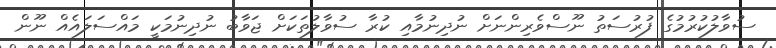
ސުވާލުކުރުމުގެ ފުރުސަތު ނޫސްވެރިންނަށް ނުދިނުމާއި ކުރާ ސުވާލުތަކަށް ޖަވާބު ނުދިނުމަކީ މައްސަލައެއް ނޫން